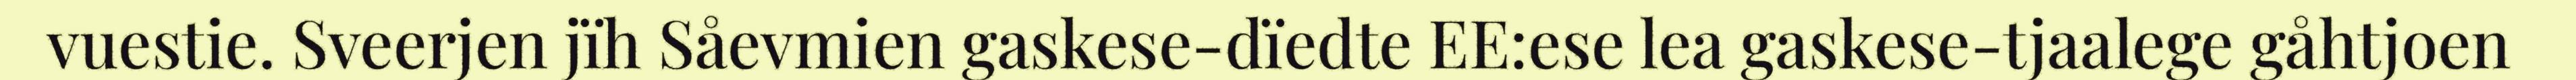
vuestie. Sveerjen jïh Såevmien gaskese-dïedte EE:ese lea gaskese-tjaalege gåhtjoen